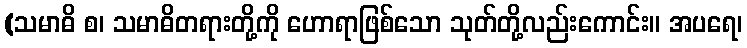
(သမာဓိ စ၊ သမာဓိတရားတို့ကို ဟောရာဖြစ်သော သုတ်တို့လည်းကောင်း။ အပရေ၊